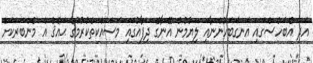
އަދި އެބަހުސްގައި އަނގަބަހުންނާއި ލިޔުމުން އޭނާގެ ދިފާއުގައި މަސައްކަތްކުރުމުގެ ޙައްޤު އެ މެންބަރަކަށް